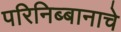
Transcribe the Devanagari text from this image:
परिनिब्बानाचे